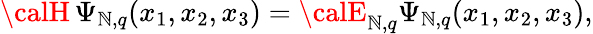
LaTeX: {\calH}\, \Psi_{\mathbb{N},q}(x_{1},x_{2},x_{3})={\calE}_{\mathbb{N},q}\Psi_{\mathbb{N},q}(x_{1},x_{2},x_{3}),